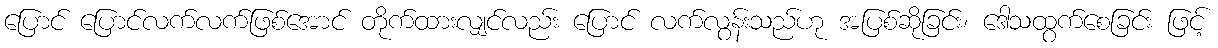
ပြောင် ပြောင်လက်လက်ဖြစ်အောင် တိုက်ထားလျှင်လည်း ပြောင် လက်လွန်းသည်ဟု အပြစ်ဆိုခြင်း၊ ဒေါသထွက်စေခြင်း ဖြင့်